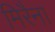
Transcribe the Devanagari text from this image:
मिरैना